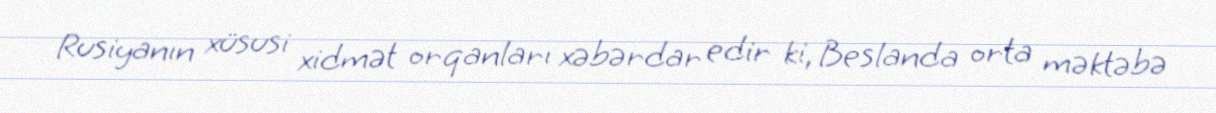
Rusiyanın xüsusi xidmət orqanları xəbərdar edir ki, Beslanda orta məktəbə